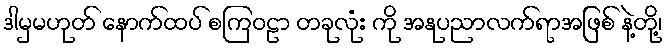
ဒါမှမဟုတ် နောက်ထပ် စကြဝဠာ တခုလုံး ကို အနုပညာလက်ရာအဖြစ် နဲ့တို့၊